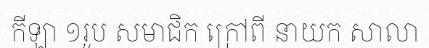
កីឡា ១រូប សមាជិក ក្រៅពី នាយក សាលា